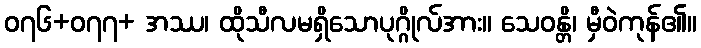
၀၇၆+၀၇၇+ အဿ၊ ထိုသီလမရှိသောပုဂ္ဂိုလ်အား။ သေဝန္တိ၊ မှီဝဲကုန်၏။